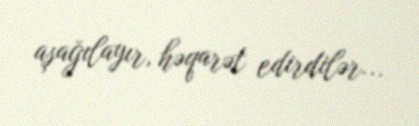
aşağılayır, həqarət edirdilər...